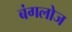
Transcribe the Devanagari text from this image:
बंगलोज